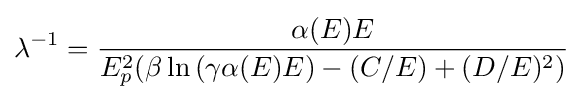
\lambda ^{-1}={\frac {\alpha (E)E}{E_{p}^{2}(\beta \ln {(\gamma \alpha (E)E)-(C/E)+(D/E)^{2}})}}